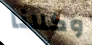
وكلانا